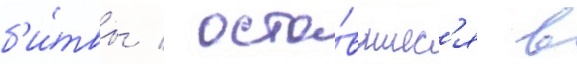
б'и́твы / оста́вшиес'я в